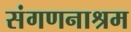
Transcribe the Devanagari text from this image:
संगणनाश्रम